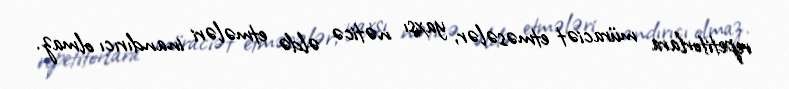
repetitorlara müraciət etməsələr, yaxşı nəticə əldə etmələri inandırıcı olmaz.